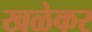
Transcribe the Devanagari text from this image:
खळेकर